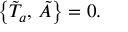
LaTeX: \bigl \{ \tilde { T } _ { a } , \, \tilde { A } \bigr \} = 0 .